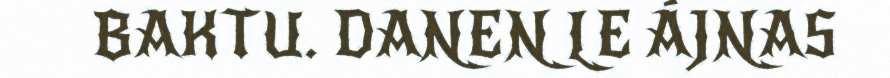
BAKTU. DANEN LE ÁJNAS